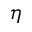
\eta